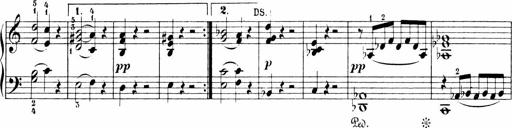
Title: 6 Sonatinas
Composer: Carl Reinecke